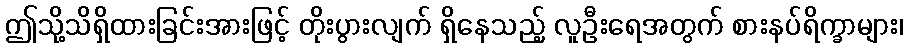
ဤသို့သိရှိထားခြင်းအားဖြင့် တိုးပွားလျက် ရှိနေသည့် လူဦးရေအတွက် စားနပ်ရိက္ခာများ၊